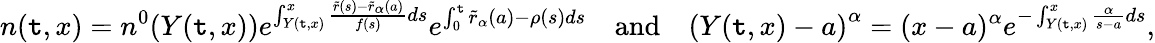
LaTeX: n(\mathtt{t},x)=n^{0}(Y(\mathtt{t},x))e^{\int_{Y(\mathtt{t},x)}^{x}{\frac{{\tilde{{r}}(s)-\tilde{{r}}_{\alpha}(a)}}{{f(s)}}ds}}e^{\int_{0}^{\mathtt{t}}{\tilde{{r}}_{\alpha}(a)-\rho(s)ds}}\quad\mathrm{{and}}\quad\left(Y(\mathtt{t},x)-a\right)^{\alpha}=(x-a)^{\alpha}e^{-\int_{Y(\mathtt{t},x)}^{x}{\frac{{\alpha}}{{s-a}}}ds},